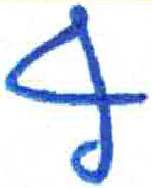
אות: ף